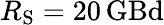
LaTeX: R_{\mathrm{S}}=20\, \mathrm{GBd}